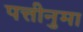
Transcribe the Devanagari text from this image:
पत्तीनुमा